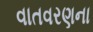
વાતવરણના